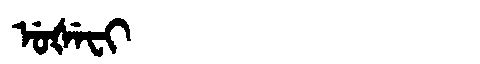
Manchu: ᡠᡧᡝᠸᡳ
Romanization: UŠEFI